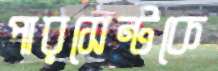
পারসেন্টকে